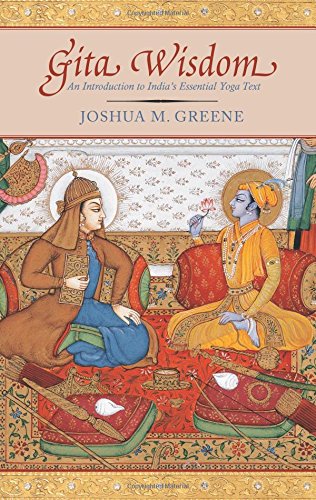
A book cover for Gita Wisdom: An Introduction to India's Essential Yoga Text; Joshua M. Greene; Religion & Spirituality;